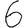
Digit: 6